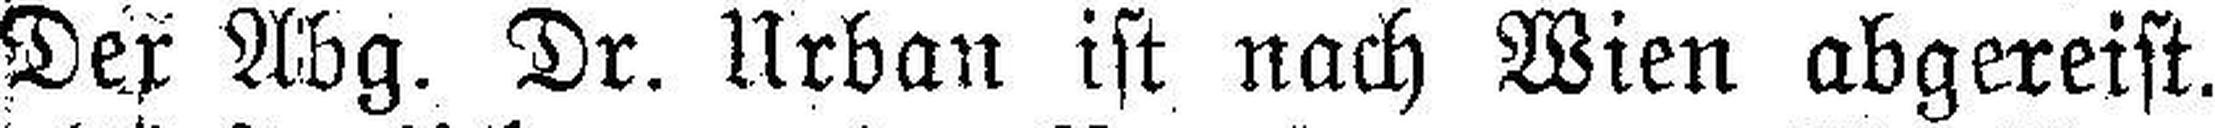
Der Abg. Dr. Urban ist nach Wien abgereist.